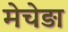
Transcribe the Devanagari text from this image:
मेचेड़ा